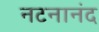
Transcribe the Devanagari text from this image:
नटनानंद